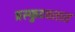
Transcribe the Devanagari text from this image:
प्रस्फुटवतात